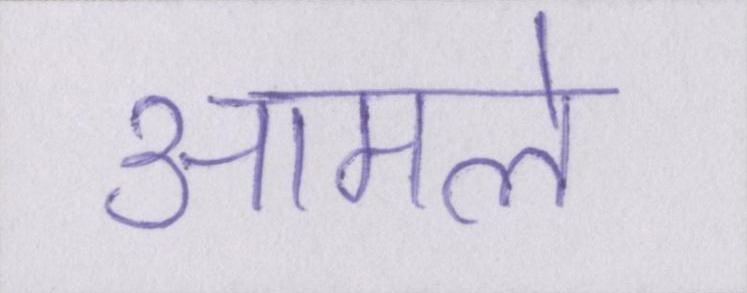
आमले